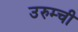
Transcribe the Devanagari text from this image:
उरुम्ची